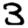
Digit: 3